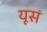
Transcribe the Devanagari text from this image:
यूसं